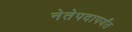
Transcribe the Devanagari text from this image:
नेतेपदापर्यंत